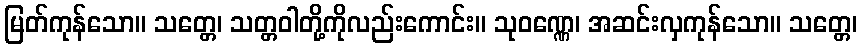
မြတ်ကုန်သော။ သတ္တေ၊ သတ္တဝါတို့ကိုလည်းကောင်း။ သုဝဏ္ဏေ၊ အဆင်းလှကုန်သော။ သတ္တေ၊